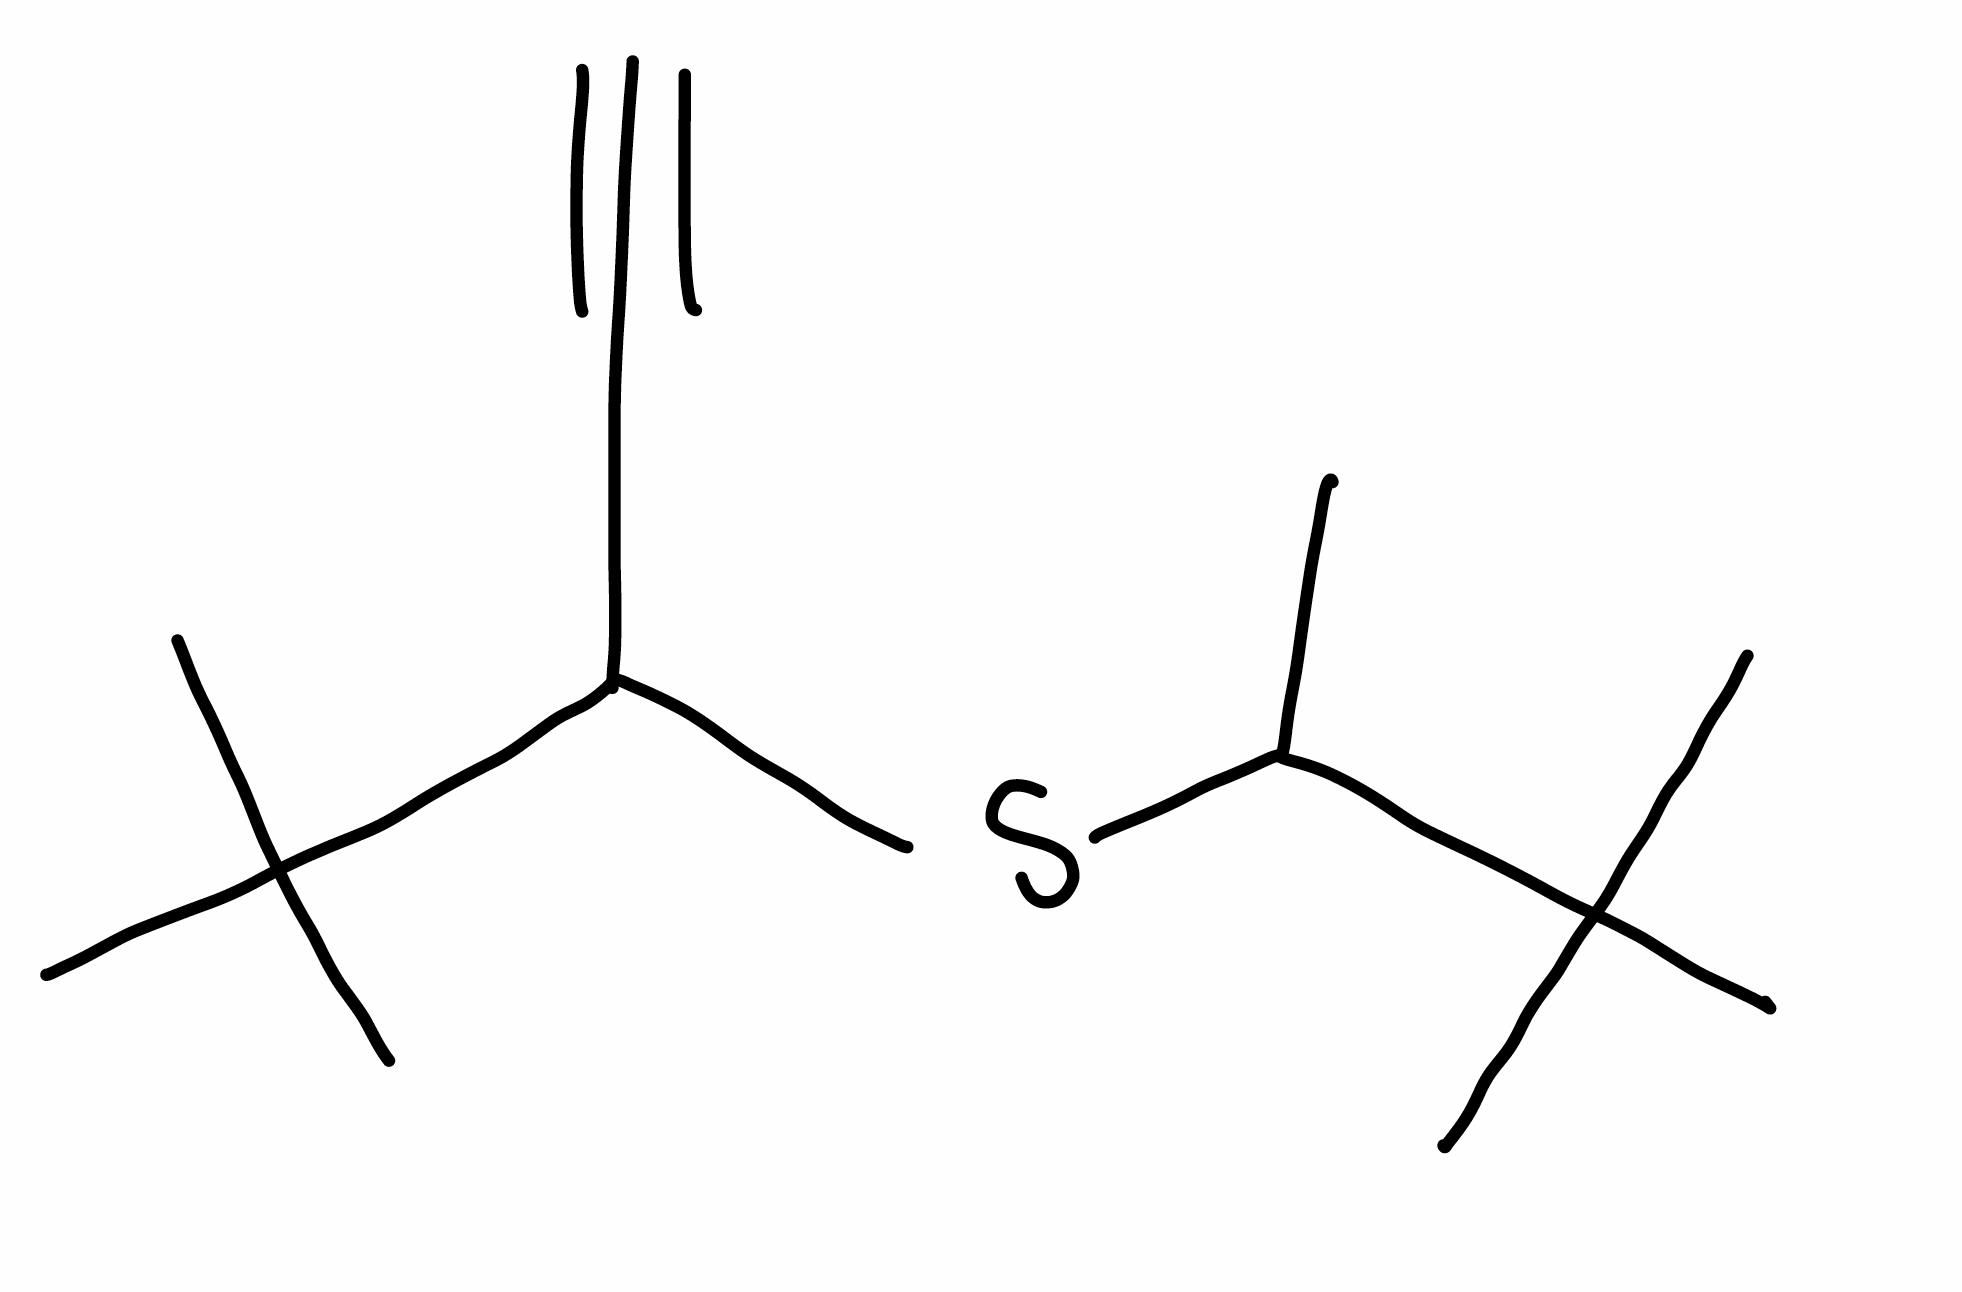
Simplified molecular-input line-entry system (SMILES) notation of the given molecule:
CC(C(C)(C)C)SC(C#C)C(C)(C)C